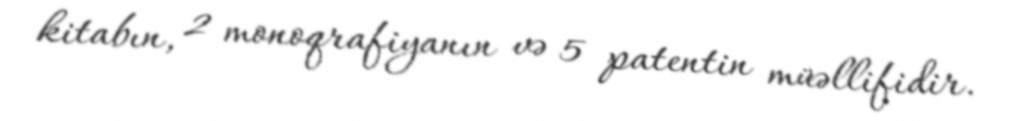
kitabın, 2 monoqrafiyanın və 5 patentin müəllifidir.